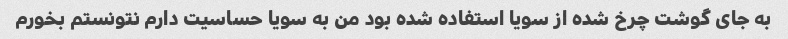
به جای گوشت چرخ شده از سویا استفاده شده بود من به سویا حساسیت دارم نتونستم بخورم